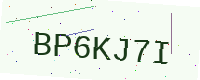
Text: BP6KJ7I